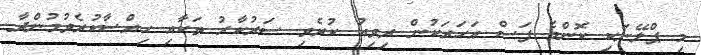
މި ޕްލޭނަކި ކޮންމެ ފަސް އަހަރަކުން ރިވިއު ކުރެވި ސަރުކާރު ތަކާއި ހިއްސާކުރެވުމުންދާ